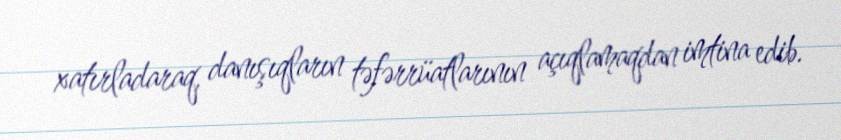
xatırladaraq, danışıqların təfərrüatlarının açıqlamaqdan imtina edib.